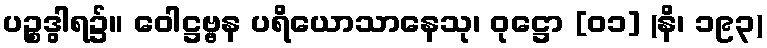
ပဉ္စဒွါရ၌။ ဝေါဋ္ဌဗ္ဗန ပရိယောသာနေသု၊ ဝုဋ္ဌော [၀၁] (နိ၊ ၁၉၃)